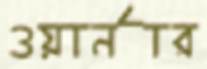
ওয়ার্নার